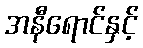
အနီရောင်နှင့်